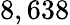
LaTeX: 8,638